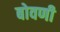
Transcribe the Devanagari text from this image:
बोवणी